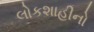
લોકશાહીનો